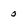
Character: 0